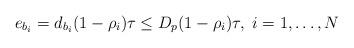
LaTeX: \begin{align*}e_{b_i}=d_{b_i}(1-\rho_i)\tau\leq D_p(1-\rho_i)\tau,\; i=1,\ldots,N\end{align*}